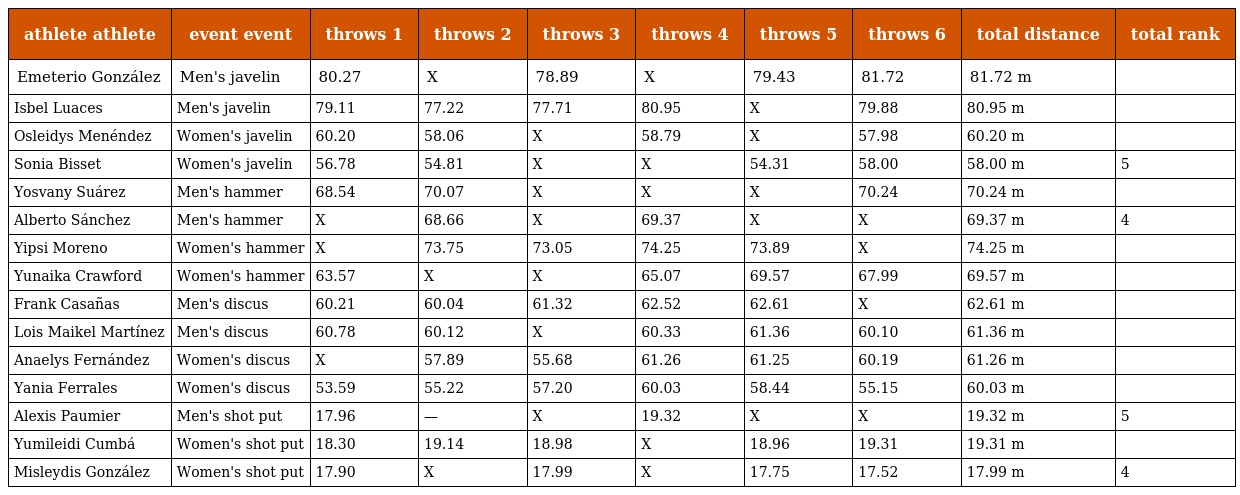
| athlete athlete | event event | throws 1 | throws 2 | throws 3 | throws 4 | throws 5 | throws 6 | total distance | total rank |
 | --- | --- | --- | --- | --- | --- | --- | --- | --- | --- |
 | Emeterio González | Men's javelin | 80.27 | X | 78.89 | X | 79.43 | 81.72 | 81.72 m |  |
 | Isbel Luaces | Men's javelin | 79.11 | 77.22 | 77.71 | 80.95 | X | 79.88 | 80.95 m |  |
 | Osleidys Menéndez | Women's javelin | 60.20 | 58.06 | X | 58.79 | X | 57.98 | 60.20 m |  |
 | Sonia Bisset | Women's javelin | 56.78 | 54.81 | X | X | 54.31 | 58.00 | 58.00 m | 5 |
 | Yosvany Suárez | Men's hammer | 68.54 | 70.07 | X | X | X | 70.24 | 70.24 m |  |
 | Alberto Sánchez | Men's hammer | X | 68.66 | X | 69.37 | X | X | 69.37 m | 4 |
 | Yipsi Moreno | Women's hammer | X | 73.75 | 73.05 | 74.25 | 73.89 | X | 74.25 m |  |
 | Yunaika Crawford | Women's hammer | 63.57 | X | X | 65.07 | 69.57 | 67.99 | 69.57 m |  |
 | Frank Casañas | Men's discus | 60.21 | 60.04 | 61.32 | 62.52 | 62.61 | X | 62.61 m |  |
 | Lois Maikel Martínez | Men's discus | 60.78 | 60.12 | X | 60.33 | 61.36 | 60.10 | 61.36 m |  |
 | Anaelys Fernández | Women's discus | X | 57.89 | 55.68 | 61.26 | 61.25 | 60.19 | 61.26 m |  |
 | Yania Ferrales | Women's discus | 53.59 | 55.22 | 57.20 | 60.03 | 58.44 | 55.15 | 60.03 m |  |
 | Alexis Paumier | Men's shot put | 17.96 | — | X | 19.32 | X | X | 19.32 m | 5 |
 | Yumileidi Cumbá | Women's shot put | 18.30 | 19.14 | 18.98 | X | 18.96 | 19.31 | 19.31 m |  |
 | Misleydis González | Women's shot put | 17.90 | X | 17.99 | X | 17.75 | 17.52 | 17.99 m | 4 |